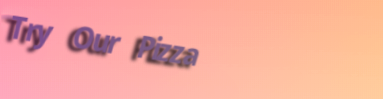
Try Our Pizza